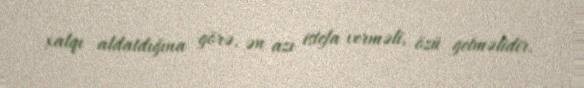
xalqı aldatdığına görə, ən azı istefa verməli, özü getməlidir.